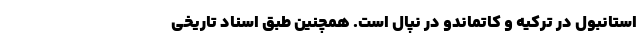
استانبول در ترکیه و کاتماندو در نپال است. همچنین طبق اسناد تاریخی